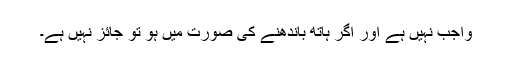
واجب نہیں ہے اور اگر ہاتھ باندھنے کی صورت میں ہو تو جائز نہیں ہے۔